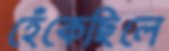
হেঁকেছিলে